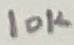
Text: 10K